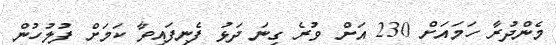
މެންދުރާ ހަމައަށް 230 އަށް ވުރެ ގިނަ ދަޅު ފެނިފައިވާ ކަމަށް ފުލުހުން